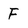
Character: F